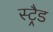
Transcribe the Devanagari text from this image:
स्ट्रैड